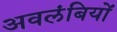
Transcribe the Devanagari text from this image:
अवलंबियों